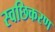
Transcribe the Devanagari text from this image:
स्वछिकरण